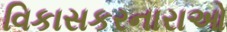
વિકાસકરનારાઓ